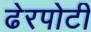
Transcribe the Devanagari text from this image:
ढेरपोटी